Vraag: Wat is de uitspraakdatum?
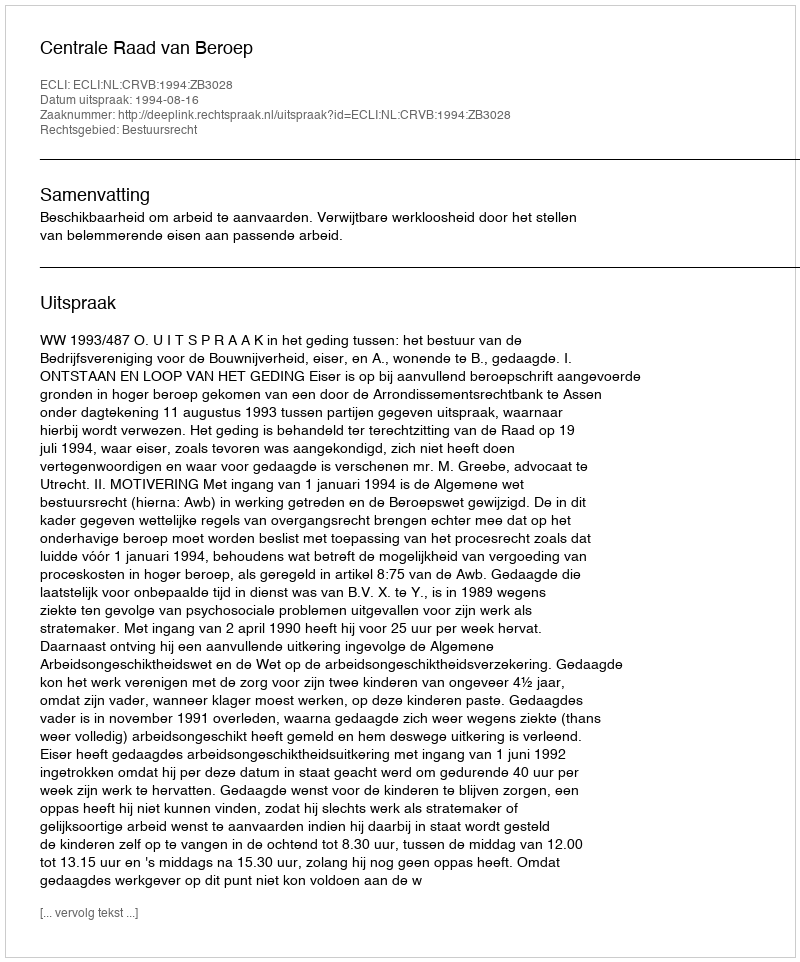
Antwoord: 1994-08-16